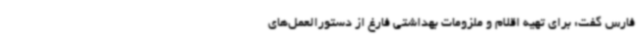
فارس گفت: برای تهیه اقلام و ملزومات بهداشتی فارغ از دستورالعمل‌های